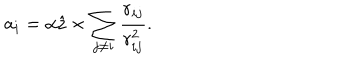
LaTeX: { \bf a } _ { i } = \alpha \hat { \bf z } \times \sum _ { j \neq i } \frac { { \bf r } _ { i j } } { r _ { i j } ^ { 2 } } .